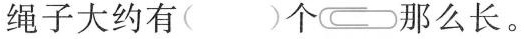
绳子大约有( )个 那么长。